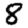
Digit: 8